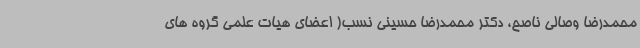
محمدرضا وصالی ناصح، دکتر محمدرضا حسینی نسب( اعضای هیات علمی گروه های